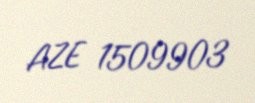
AZE 1509903